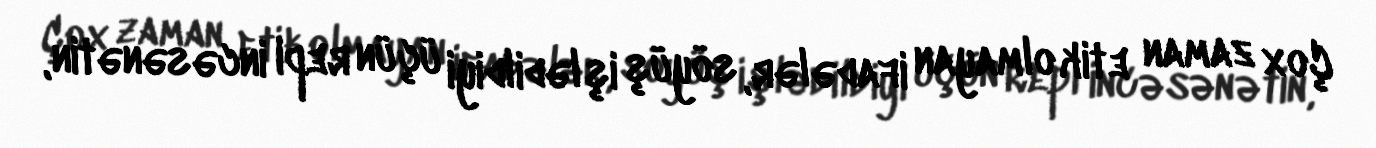
Çox zaman etik olmayan ifadələr, söyüş işlədildiyi üçün repi incəsənətin,